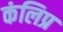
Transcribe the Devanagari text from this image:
कंलिप्र